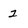
Character: 2